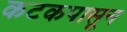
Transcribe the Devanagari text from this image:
कटकपासून